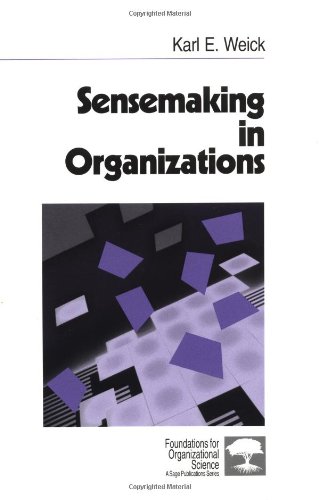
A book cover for Sensemaking in Organizations (Foundations for Organizational Science); Karl E. Weick; Medical Books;